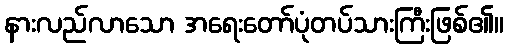
နားလည်လာသော အရေးတော်ပုံတပ်သားကြီးဖြစ်၏။